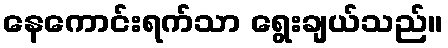
နေကောင်းရက်သာ ရွေးချယ်သည်။